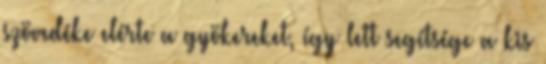
szövedéke elérte a gyökereket, így lett segítsége a kis